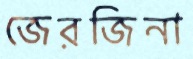
জেরজিনা